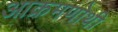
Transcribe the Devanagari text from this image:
आक्रमणोथी